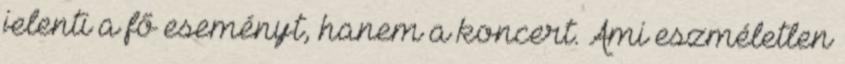
jelenti a fő eseményt, hanem a koncert. Ami eszméletlen